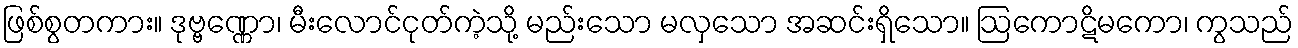
ဖြစ်စွတကား။ ဒုဗ္ဗဏ္ဏော၊ မီးလောင်ငုတ်ကဲ့သို့ မည်းသော မလှသော အဆင်းရှိသော။ ဩကောဋိမကော၊ ကွသည်